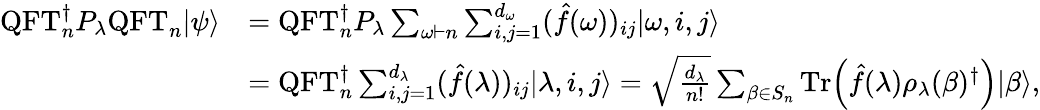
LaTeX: \begin{array}{rl}{\mathrm{QFT}_{n}^{\dagger}P_{\lambda}\mathrm{QFT}_{n}|\psi\rangle}&{=\mathrm{QFT}_{n}^{\dagger}P_{\lambda}\sum_{\omega\vdash n}\sum_{i,j=1}^{d_{\omega}}(\hat{f}(\omega))_{ij}|\omega,i,j\rangle}\\ &{=\mathrm{QFT}_{n}^{\dagger}\sum_{i,j=1}^{d_{\lambda}}(\hat{f}(\lambda))_{ij}|\lambda,i,j\rangle=\sqrt{\frac{d_{\lambda}}{n!}}\sum_{\beta\in S_{n}}{\mathrm{Tr}{\left(\hat{f}(\lambda)\rho_{\lambda}(\beta)^{\dagger}\right)}}|\beta\rangle,}\end{array}